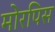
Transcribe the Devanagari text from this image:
मोरपिस